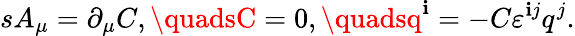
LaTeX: sA_{\mu}=\partial_{\mu}C,\quadsC=0,\quadsq^{\mathbf{i}}=-C\varepsilon^{\mathbf{i}j}q^{j}.